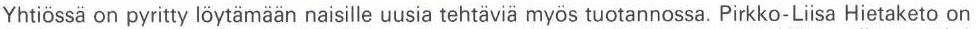
Yhtiössa on pyritty löytämään naisille uusia tehtäviä myös tuotannossa. Pirkko-Liisa Hietaketo on